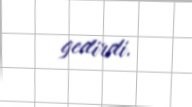
gedirdi.